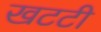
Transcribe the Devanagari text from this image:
खटटी